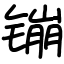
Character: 镚